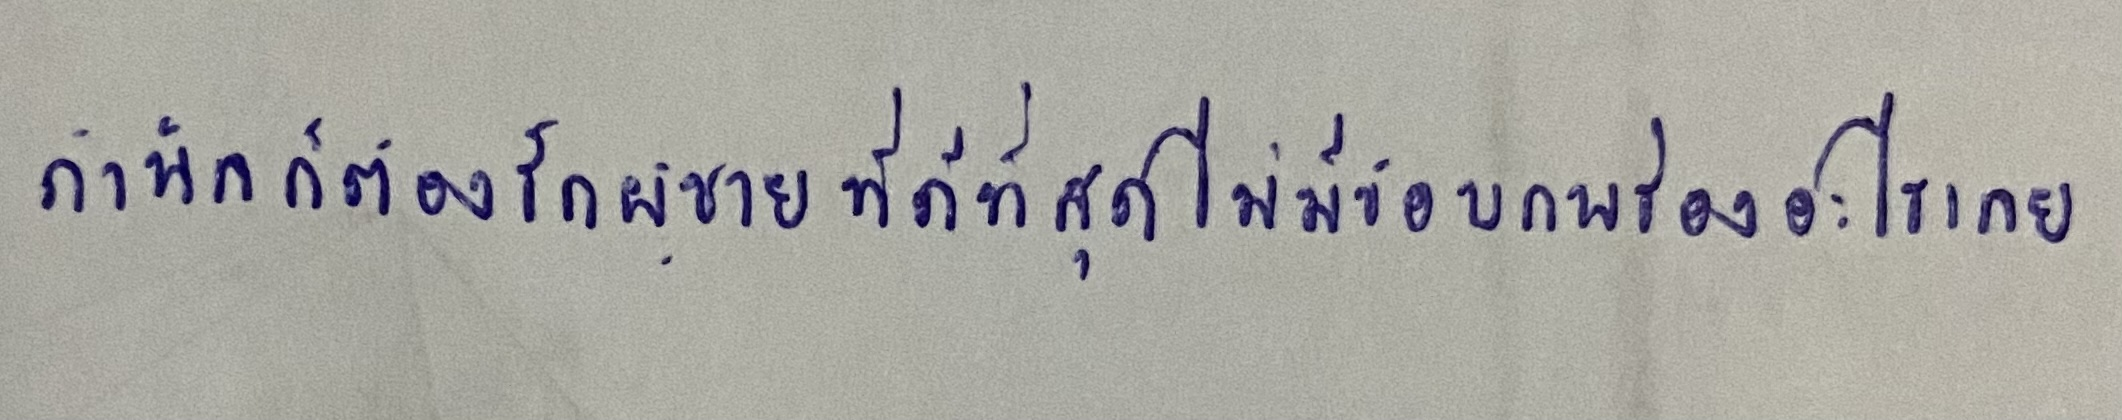
"ถ้านิลก็ต้องรักผู้ชายที่ดีที่สุดไม่มีข้อบกพร่องอะไรเลย